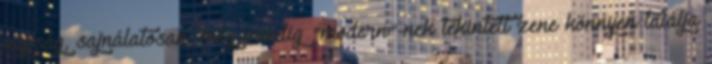
napság, sajnálatosan, még mindig "modern"-nek tekintett zene könnyen találja